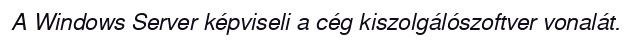
A Windows Server képviseli a cég kiszolgálószoftver vonalát.